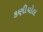
કણીયોલ